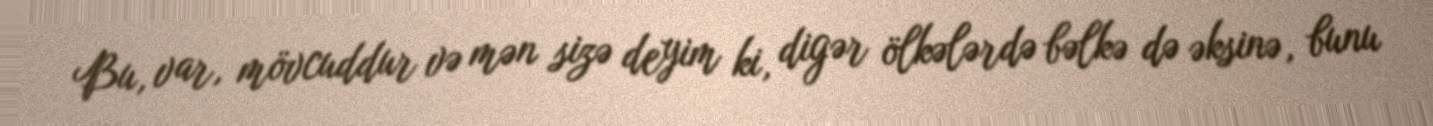
Bu, var, mövcuddur və mən sizə deyim ki, digər ölkələrdə bəlkə də əksinə, bunu